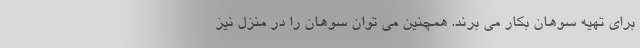
برای تهیه سوهان بکار می برند. همچنین می توان سوهان را در منزل نیز